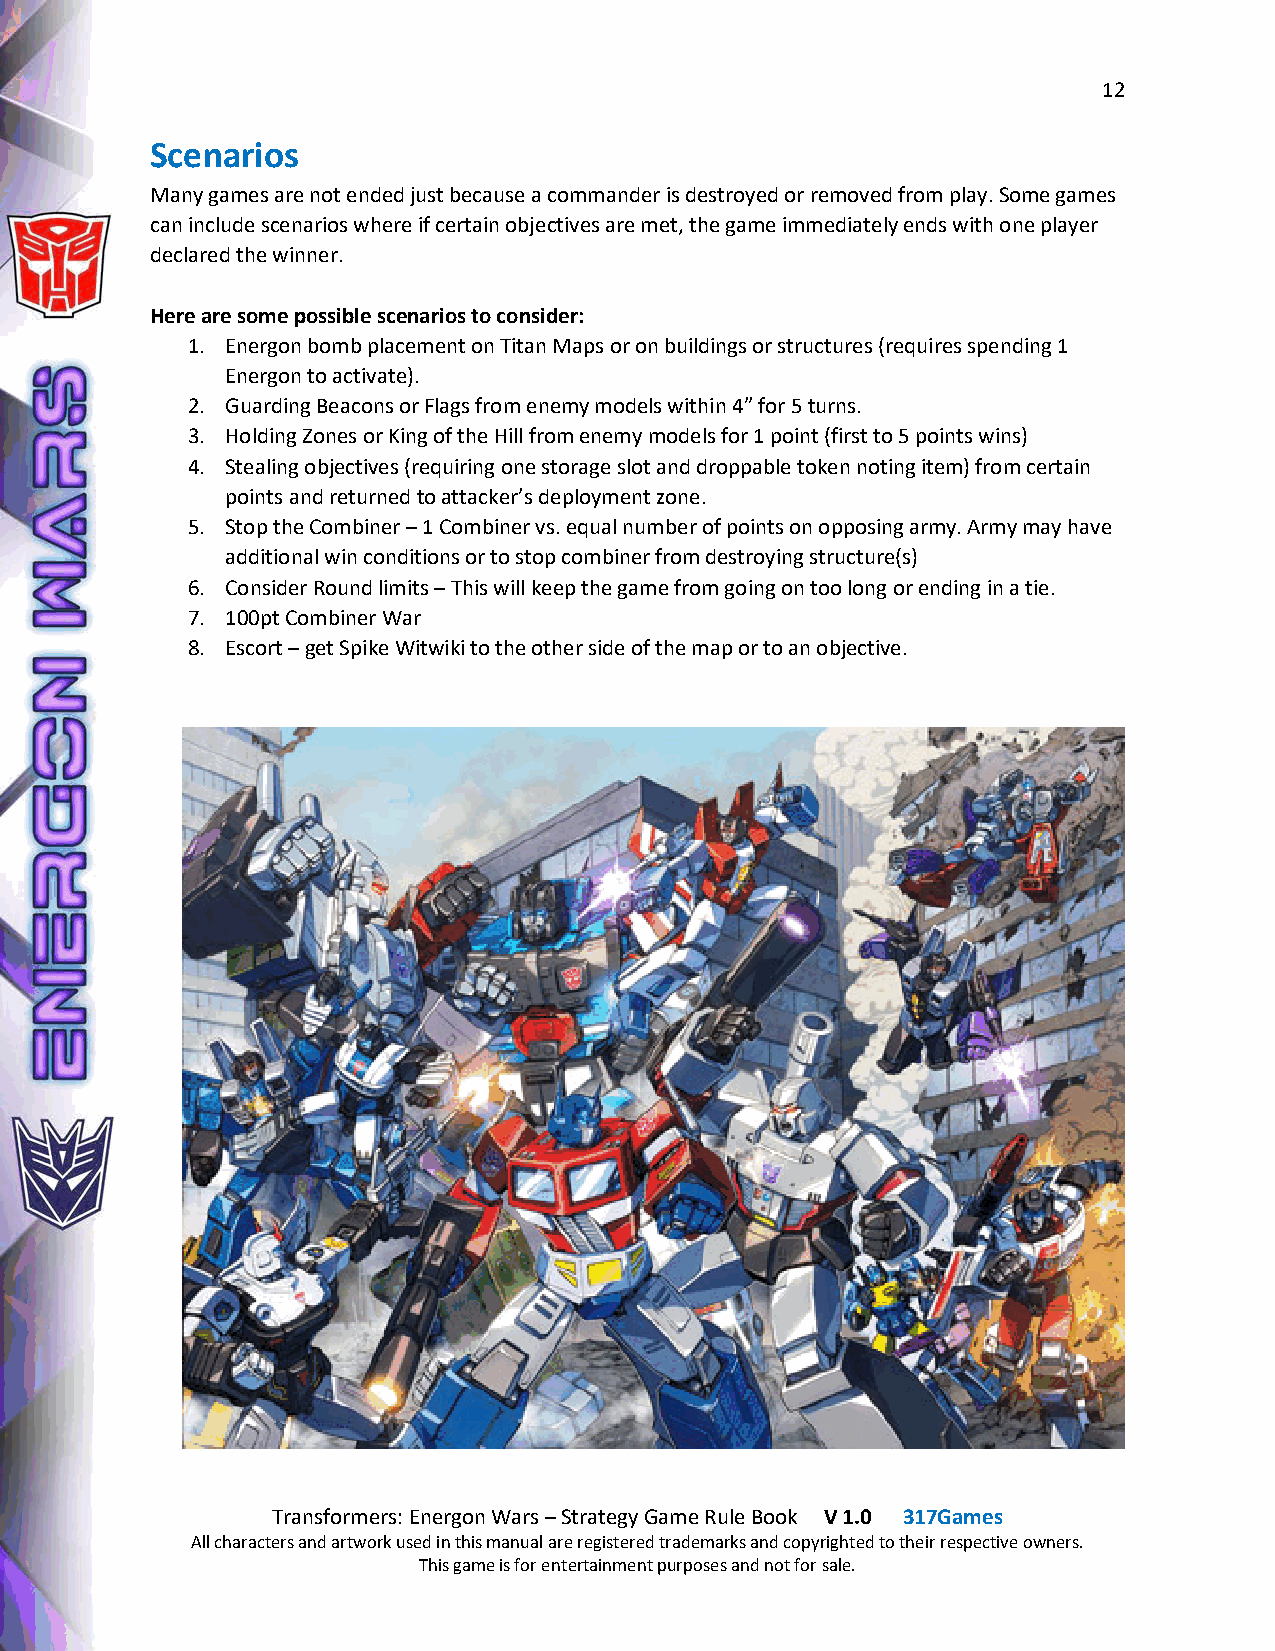
12
 Scenarios
 Many games are not ended just because a commander is destroyed or removed from play. Some games
 can include scenarios where if certain objectives are met, the game immediately ends with one player
 declared the winner.
 Here are some possible scenarios to consider:
 1. Energon bomb placement on Titan Maps or on buildings or structures (requires spending 1
 Energon to activate).
 2. Guarding Beacons or Flags from enemy models within 4” for 5 turns.
 3. Holding Zones or King of the Hill from enemy models for 1 point (first to 5 points wins)
 4. Stealing objectives (requiring one storage slot and droppable token noting item) from certain
 points and returned to attacker’s deployment zone.
 5. Stop the Combiner – 1 Combiner vs. equal number of points on opposing army. Army may have
 additional win conditions or to stop combiner from destroying structure(s)
 6. Consider Round limits – This will keep the game from going on too long or ending in a tie.
 7. 100pt Combiner War
 8. Escort – get Spike Witwiki to the other side of the map or to an objective.
 Transformers: Energon Wars – Strategy Game Rule Book V 1.0 317Games
 All characters and artwork used in this manual are registered trademarks and copyrighted to their respective owners.
 This game is for entertainment purposes and not for sale.